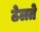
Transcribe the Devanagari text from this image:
ठेलते